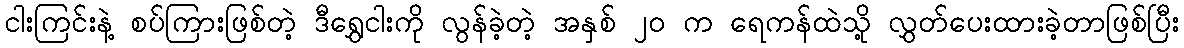
ငါးကြင်းနဲ့ စပ်ကြားဖြစ်တဲ့ ဒီရွှေငါးကို လွန်ခဲ့တဲ့ အနှစ် ၂၀ က ရေကန်ထဲသို့ လွှတ်ပေးထားခဲ့တာဖြစ်ပြီး